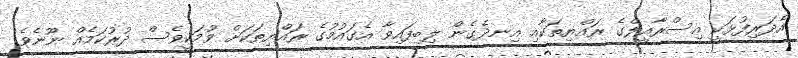
އެދަރިފުޅަކީ އިސްރާއީލްގެ ރައްޔިތަކާއި އިނދެގެން ލިބިފައިވާ އެގައުމުގެ ރައްޔިތަކަށް ވުމަކީވެސް ދުރުކަމެއް ނޫނެވެ.